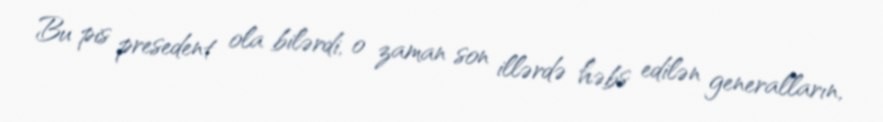
Bu pis presedent ola bilərdi, o zaman son illərdə həbs edilən generalların,